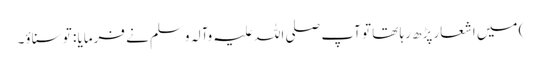
) میں اشعار پڑھ رہا تھا تو آپ صلی اللہ علیہ وآلہ وسلم نے فرمایا : تو سناؤ۔